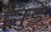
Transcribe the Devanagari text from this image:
झुडे